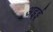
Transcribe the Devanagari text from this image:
अइई